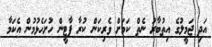
އަދި ޖަމީލުގެ އިތުބާރު ނެތް ކަމަށް ވެރިކަން ކުރާ ޕާޓީން ހުށަހެޅުމުން އެކަމާ